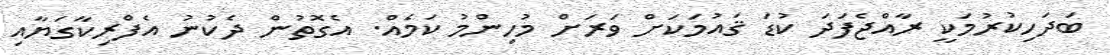
ބަދަހިކުރުމަކީ ރާއްޖެފަދަ ކުޑަ ޤައުމަކަށް ވަރަށް މުހިންމު ކަމެއް. އެގޮތުން ދެކުނު އެފްރިކާގަޔާއި